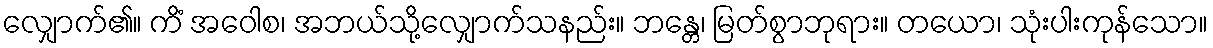
လျှောက်၏။ ကိံ အဝေါစ၊ အဘယ်သို့လျှောက်သနည်း။ ဘန္တေ၊ မြတ်စွာဘုရား။ တယော၊ သုံးပါးကုန်သော။